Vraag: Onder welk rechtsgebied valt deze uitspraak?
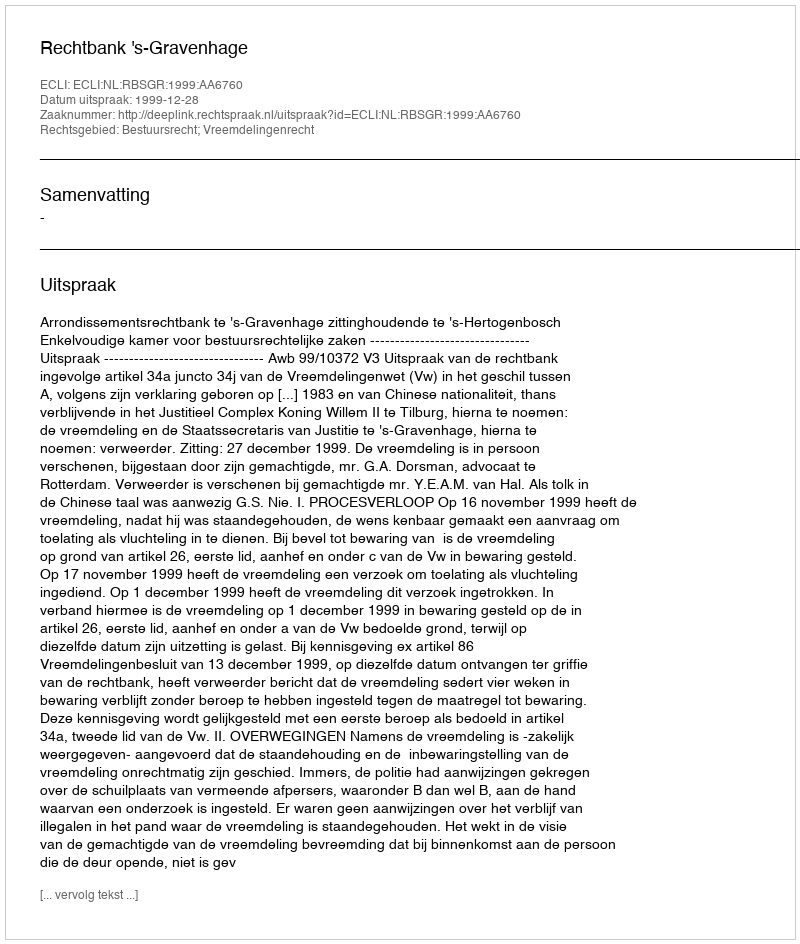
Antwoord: Bestuursrecht; Vreemdelingenrecht